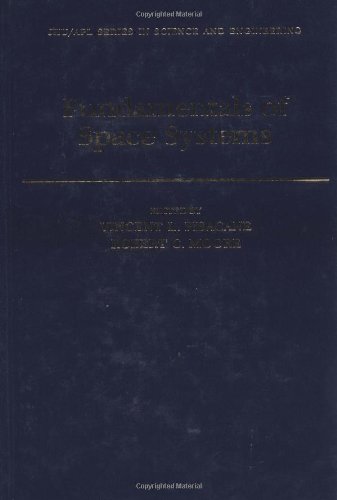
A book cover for Fundamentals of Space Systems (Johns Hopkins University Applied Physics Laboratory Series in Science & Engineering); Science & Math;